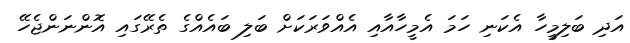
އަދި ބަލިމީހާ އެކަނި ހަމަ އެމީހާއާއި އެއްވަރަކަށް ބަލި ބައެއްގެ ތެރޭގައި އޮންނަންޖެހޭ